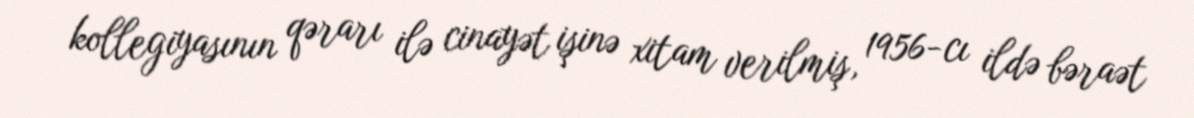
kollegiyasının qərarı ilə cinayət işinə xitam verilmiş, 1956-cı ildə bəraət